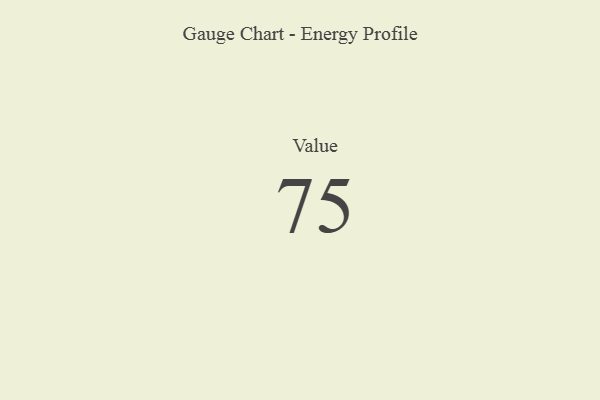
{"axis": {"x": "Metric", "y": "Value"}, "legend": [""], "data": [{"x": "Value", "y": 75, "type": ""}]}